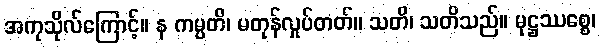
အကုသိုလ်ကြောင့်။ န ကမ္ပတိ၊ မတုန်လှုပ်တတ်။ သတိ၊ သတိသည်။ မုဋ္ဌဿစ္စေ၊